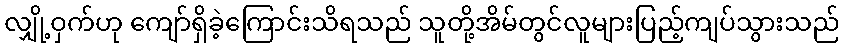
လျှို့ဝှက်ဟု ကျော်ရှိခဲ့ကြောင်းသိရသည် သူတို့အိမ်တွင်လူများပြည့်ကျပ်သွားသည်